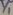
Text: Y1